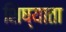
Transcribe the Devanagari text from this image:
शिष्याता